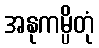
အနုကမ္ပိတုံ